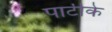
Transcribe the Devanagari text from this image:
पार्टीके